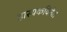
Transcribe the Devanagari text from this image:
हास्यकवितेत